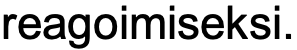
reagoimiseksi.